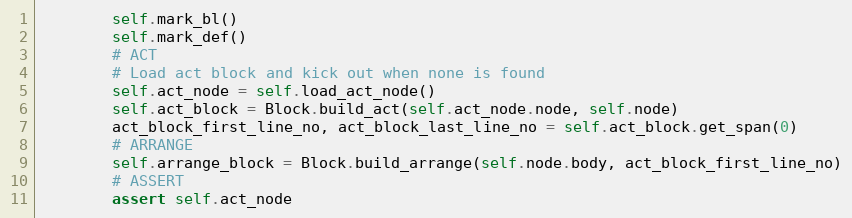
Language: Python
        self.mark_bl()
        self.mark_def()
        # ACT
        # Load act block and kick out when none is found
        self.act_node = self.load_act_node()
        self.act_block = Block.build_act(self.act_node.node, self.node)
        act_block_first_line_no, act_block_last_line_no = self.act_block.get_span(0)
        # ARRANGE
        self.arrange_block = Block.build_arrange(self.node.body, act_block_first_line_no)
        # ASSERT
        assert self.act_node